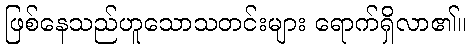
ဖြစ်နေသည်ဟူသောသတင်းများ ရောက်ရှိလာ၏။